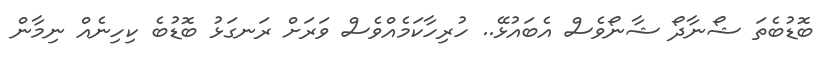
ބޮޑުބެތަ ޝޯނާދޯ ޝާނޯވެސް އެބައުޅޭ.. ހުރިހާކަމެއްވެސް ވަރަށް ރަނގަޅު ބޮޑުބެ ކިހިނެއް ނިމާން